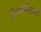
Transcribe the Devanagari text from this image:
दीपमालिकाओं